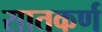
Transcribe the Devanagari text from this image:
सातकर्ण